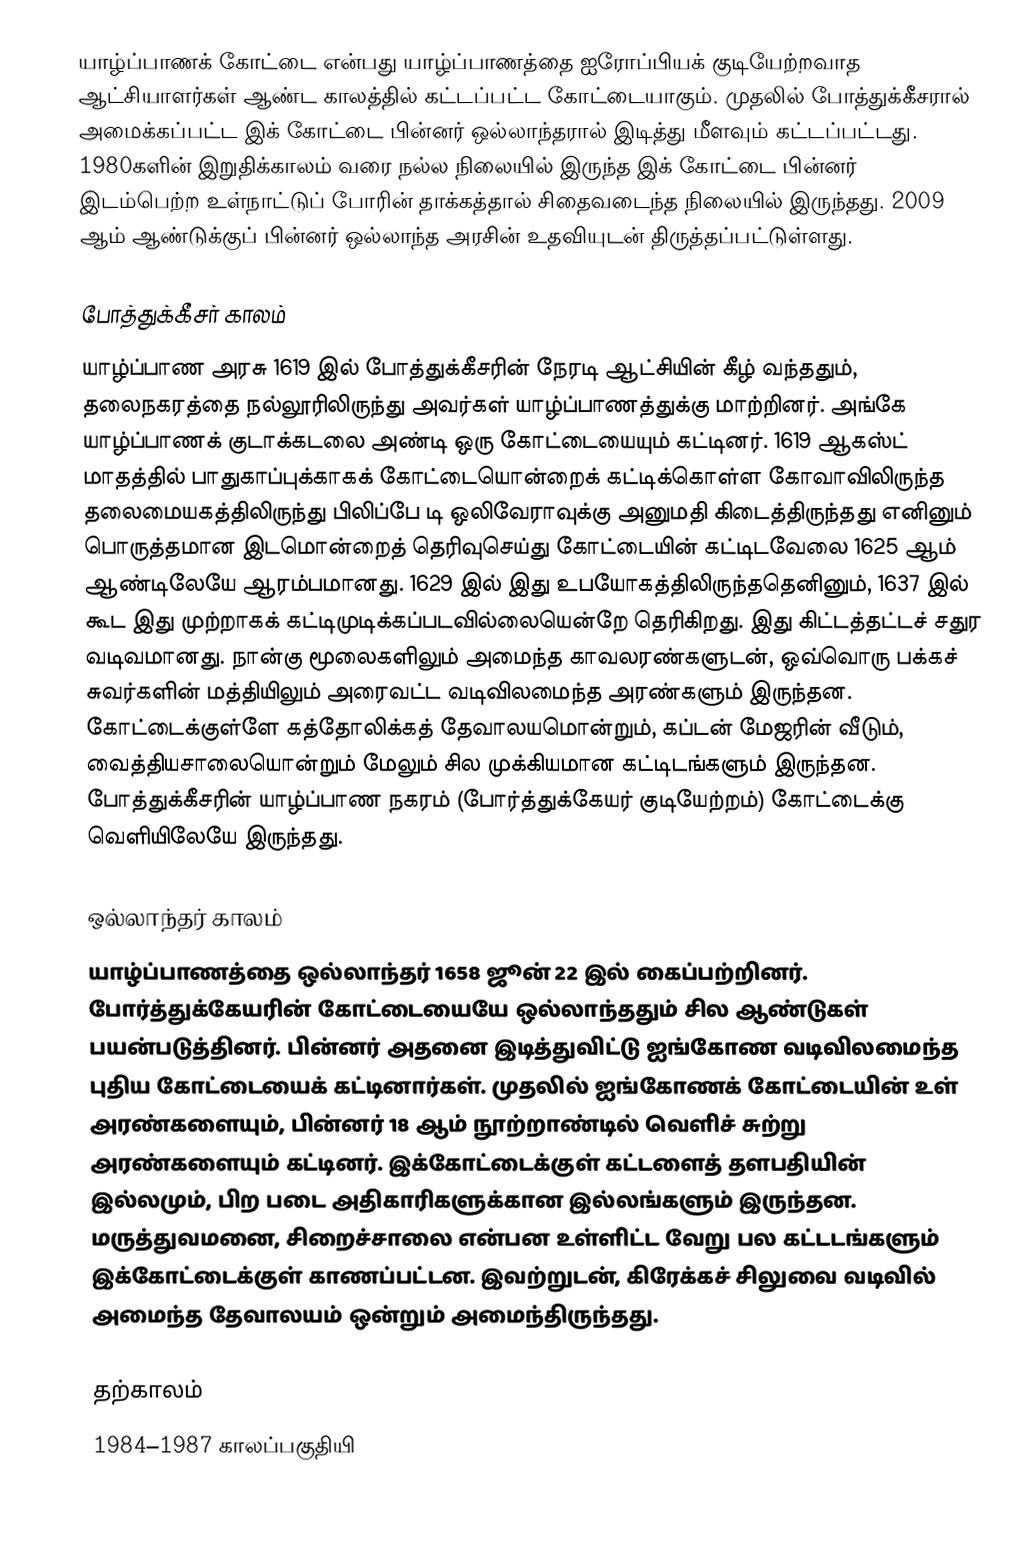
யாழ்ப்பாணக் கோட்டை என்பது யாழ்ப்பாணத்தை ஐரோப்பியக் குடியேற்றவாத ஆட்சியாளர்கள் ஆண்ட காலத்தில் கட்டப்பட்ட கோட்டையாகும். முதலில் போத்துக்கீசரால் அமைக்கப்பட்ட இக் கோட்டை பின்னர் ஒல்லாந்தரால் இடித்து மீளவும் கட்டப்பட்டது. 1980களின் இறுதிக்காலம் வரை நல்ல நிலையில் இருந்த இக் கோட்டை பின்னர் இடம்பெற்ற உள்நாட்டுப் போரின் தாக்கத்தால் சிதைவடைந்த நிலையில் இருந்தது. 2009 ஆம் ஆண்டுக்குப் பின்னர் ஒல்லாந்த அரசின் உதவியுடன் திருத்தப்பட்டுள்ளது.

போத்துக்கீசர் காலம்
யாழ்ப்பாண அரசு 1619 இல் போத்துக்கீசரின் நேரடி ஆட்சியின் கீழ் வந்ததும், தலைநகரத்தை நல்லூரிலிருந்து அவர்கள் யாழ்ப்பாணத்துக்கு மாற்றினர். அங்கே யாழ்ப்பாணக் குடாக்கடலை அண்டி ஒரு கோட்டையையும் கட்டினர். 1619 ஆகஸ்ட் மாதத்தில் பாதுகாப்புக்காகக் கோட்டையொன்றைக் கட்டிக்கொள்ள கோவாவிலிருந்த தலைமையகத்திலிருந்து பிலிப்பே டி ஒலிவேராவுக்கு அனுமதி கிடைத்திருந்தது எனினும் பொருத்தமான இடமொன்றைத் தெரிவுசெய்து கோட்டையின் கட்டிடவேலை 1625 ஆம் ஆண்டிலேயே ஆரம்பமானது. 1629 இல் இது உபயோகத்திலிருந்ததெனினும், 1637 இல் கூட இது முற்றாகக் கட்டிமுடிக்கப்படவில்லையென்றே தெரிகிறது. இது கிட்டத்தட்டச் சதுர வடிவமானது. நான்கு மூலைகளிலும் அமைந்த காவலரண்களுடன், ஒவ்வொரு பக்கச் சுவர்களின் மத்தியிலும் அரைவட்ட வடிவிலமைந்த அரண்களும் இருந்தன. கோட்டைக்குள்ளே கத்தோலிக்கத் தேவாலயமொன்றும், கப்டன் மேஜரின் வீடும், வைத்தியசாலையொன்றும் மேலும் சில முக்கியமான கட்டிடங்களும் இருந்தன. போத்துக்கீசரின் யாழ்ப்பாண நகரம் (போர்த்துக்கேயர் குடியேற்றம்) கோட்டைக்கு வெளியிலேயே இருந்தது.

ஒல்லாந்தர் காலம்
யாழ்ப்பாணத்தை ஒல்லாந்தர் 1658 ஜூன் 22 இல் கைப்பற்றினர். போர்த்துக்கேயரின் கோட்டையையே ஒல்லாந்ததும் சில ஆண்டுகள் பயன்படுத்தினர். பின்னர் அதனை இடித்துவிட்டு ஐங்கோண வடிவிலமைந்த புதிய கோட்டையைக் கட்டினார்கள். முதலில் ஐங்கோணக் கோட்டையின் உள் அரண்களையும், பின்னர் 18 ஆம் நூற்றாண்டில் வெளிச் சுற்று அரண்களையும் கட்டினர். இக்கோட்டைக்குள் கட்டளைத் தளபதியின் இல்லமும், பிற படை அதிகாரிகளுக்கான இல்லங்களும் இருந்தன. மருத்துவமனை, சிறைச்சாலை என்பன உள்ளிட்ட வேறு பல கட்டடங்களும் இக்கோட்டைக்குள் காணப்பட்டன. இவற்றுடன், கிரேக்கச் சிலுவை வடிவில் அமைந்த தேவாலயம் ஒன்றும் அமைந்திருந்தது.

தற்காலம்
1984–1987 காலப்பகுதியி